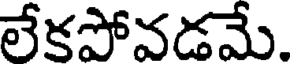
లేకపోవడమే.